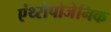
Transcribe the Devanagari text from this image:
एंथ्‍रोपोजेनिक